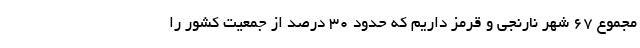
مجموع ۶۷ شهر نارنجی و قرمز داریم که حدود ۳۰ درصد از جمعیت کشور را